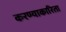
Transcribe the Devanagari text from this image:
करण्याकारिता